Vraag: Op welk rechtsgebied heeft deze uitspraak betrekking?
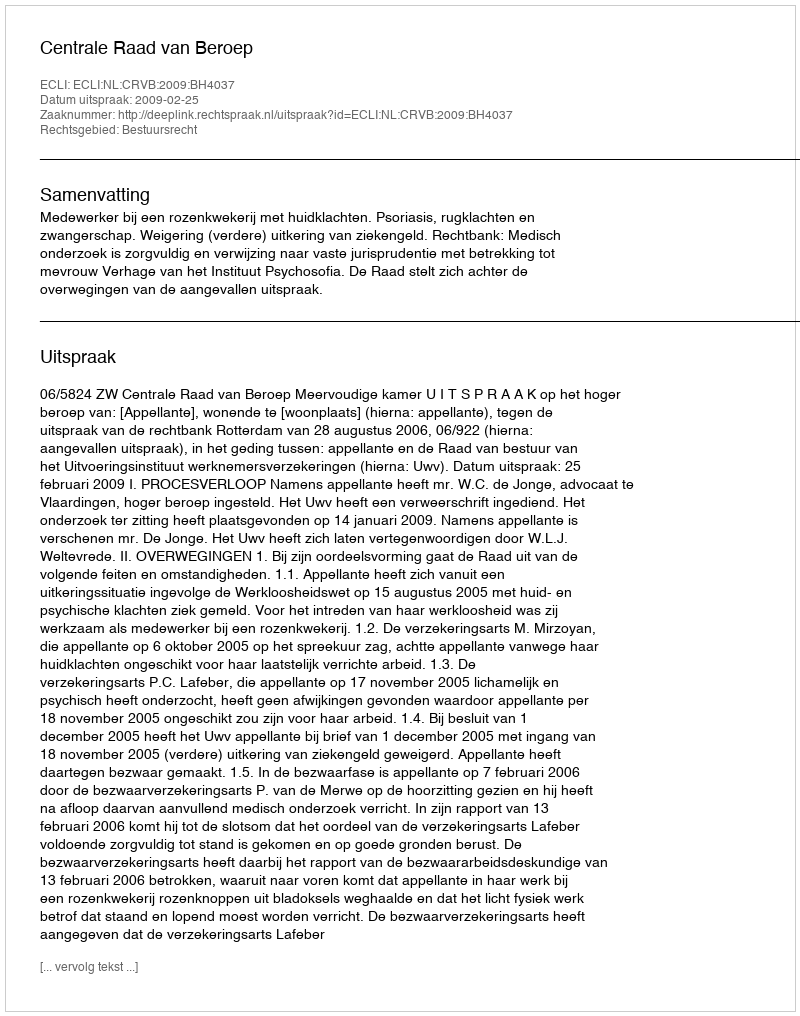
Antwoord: Bestuursrecht